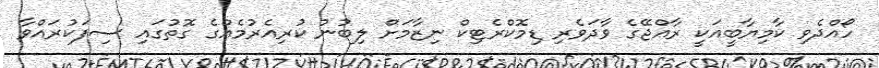
ހޯއްދެވި ކާމިޔާބީއަކީ ރާއްޖޭގެ ވާދަވެރި ޑިމޮކްރެޓިކް ނިޒާމަށް ލިބުނު ކުރިއެރުމެއްގެ ގޮތުގައި ސިފަކުރައްވާ